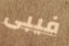
فيبى